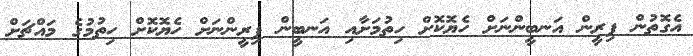
އެގޮތުން ފިރީން އަނބީންނަށް ހެޔޮކޮށް ހިތުމަށާއި އަނބީން ފިރީންނަށް ހެޔޮކޮށް ހިތުމުގެ މައްޗަށް